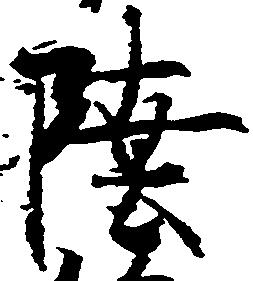
陸